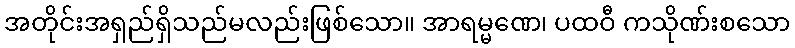
အတိုင်းအရှည်ရှိသည်မလည်းဖြစ်သော။ အာရမ္မဏေ၊ ပထဝီ ကသိုဏ်းစသော